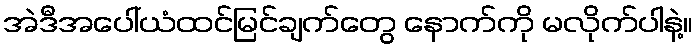
အဲဒီအပေါ်ယံထင်မြင်ချက်တွေ နောက်ကို မလိုက်ပါနဲ့။